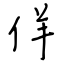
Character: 佯